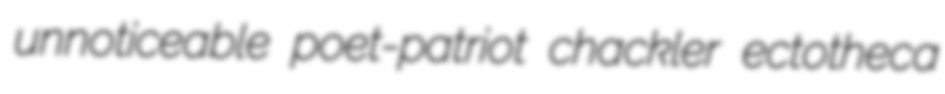
unnoticeable poet-patriot chackler ectotheca